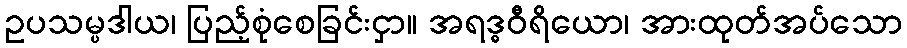
ဥပသမ္ပဒါယ၊ ပြည့်စုံစေခြင်းငှာ။ အရဒ္ဓဝီရိယော၊ အားထုတ်အပ်သော